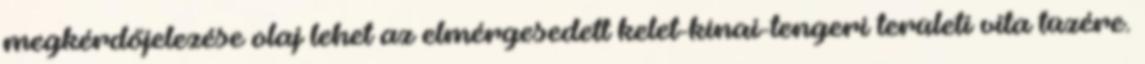
megkérdőjelezése olaj lehet az elmérgesedett kelet-kínai-tengeri területi vita tüzére.